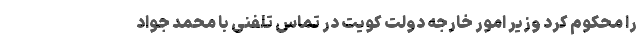
را محکوم کرد وزیر امور خارجه دولت کویت در تماس تلفنی با محمد جواد